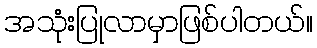
အသုံးပြုလာမှာဖြစ်ပါတယ်။